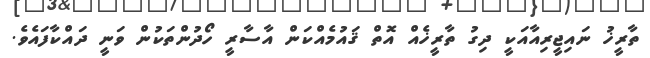
ތާރީޚު ނައިޖީރިއާއަކީ ދިގު ތާރީޚެއް އޮތް ޤައުމެއްކަން އާސާރީ ހޯދުންތަކުން ވަނީ ދައްކާފައެވެ.